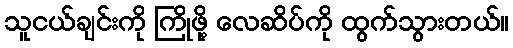
သူငယ်ချင်းကို ကြိုဖို့ လေဆိပ်ကို ထွက်သွားတယ်။